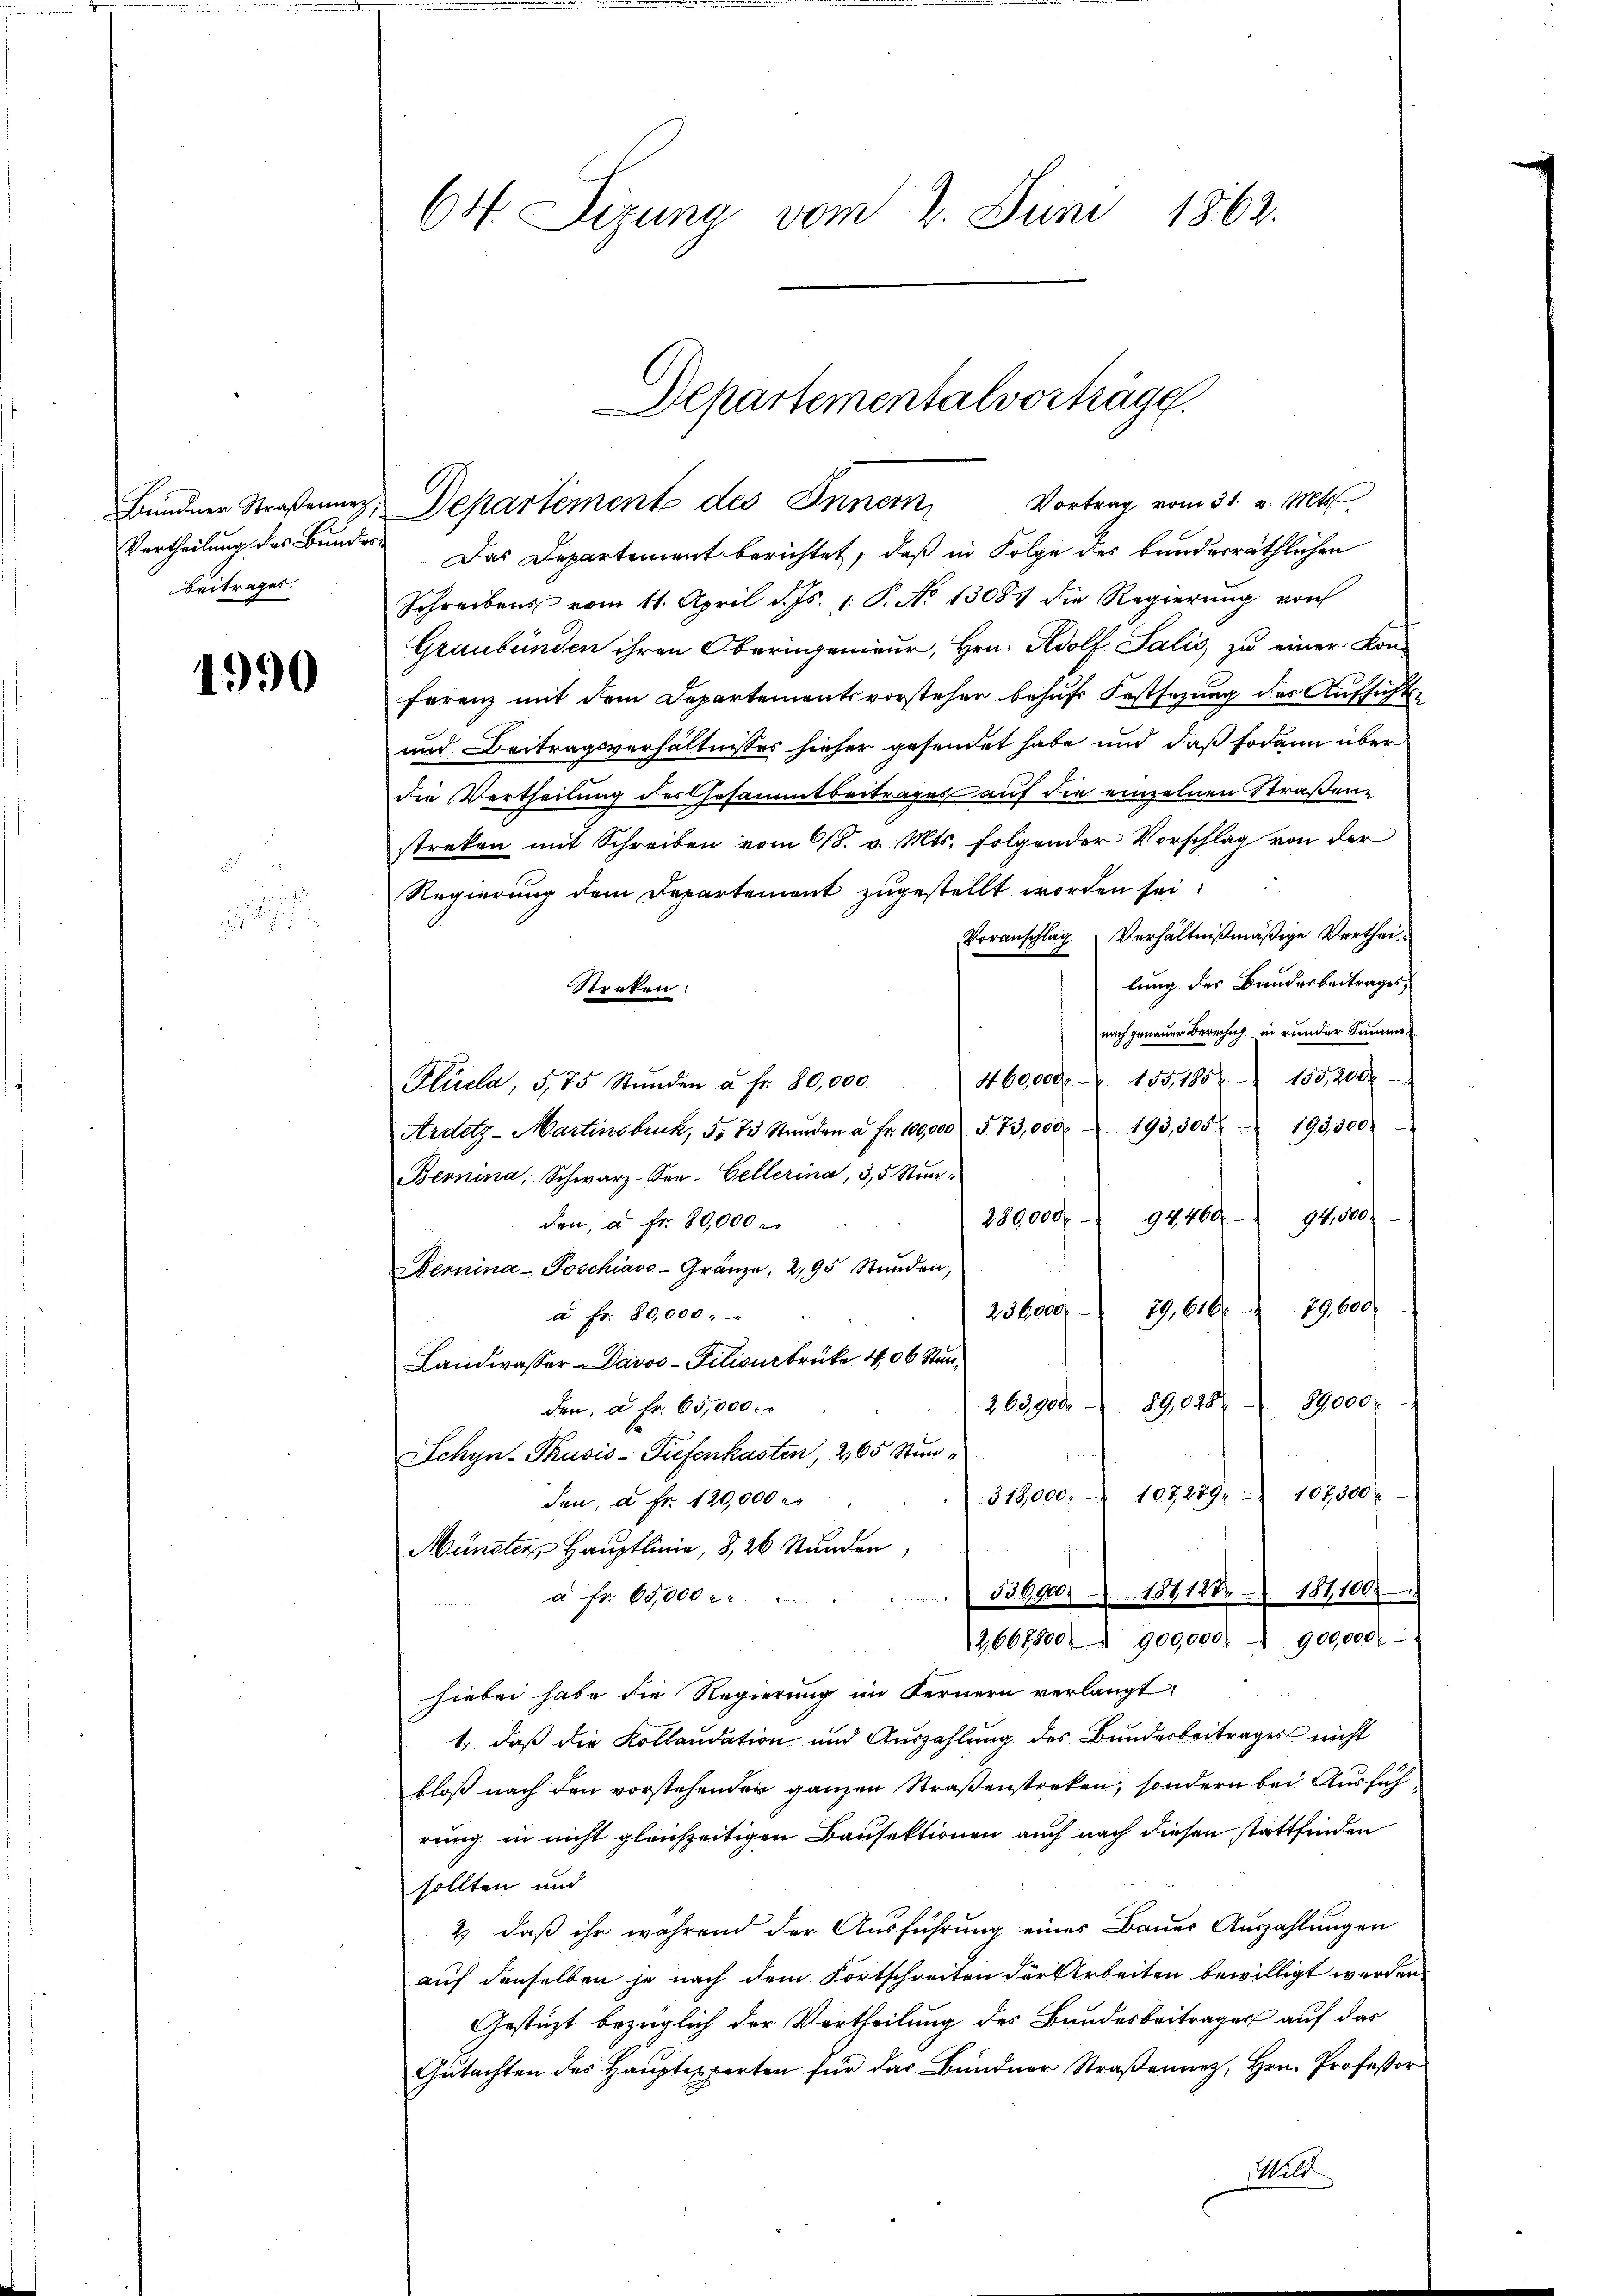
Beitrages.

1990

Vertheilung des Bundes Das Departement berichtet, daß in Folge des bunderräthlichen
Schreibens vom 11. April d. Js. 1. P. No 13087 die Regierŭng von
Graubünden ihren Oberingenieur, Hrn. Adolf Salis, zu einer Kon-
ferenz mit dem Departementsvorsteher behŭfs Festsezung des Aŭfsichts-
und Beitragsverhältnisses hieher gesendet habe und daß sodann über
die Vertheilung des Gesammtbeitrages auf die einzelnen Straßene
streken mit Schreiben vom 618. v. Mts. folgender Vorschlag von der
Regierung dem Departement zugestellt worden sei.
Voranschlag Verhältnißmäßige Vertheilung des Bauderbeitrages,
Stecken:
nach genauer Berechng, in runder Summe
460000 - 155, 1852 155,200
Plüela, 5,75 Stŭnden u Fr. 80,000
193,305. 193,300.
Ardetz-Martinsbruck, 5. 75 Stunden u. Fr. 100,000. 573,000
Bernina, Schwarz-Son-Cellerina, 3, 5 Stun-
289000. 94460. 94,500.
den, a. fr. 80,000
Demina - Poschiavo - Gränze, 2,95 Stunden,
236000. 29. 610. 29,600.
à Fr. 80,000 "
Landwasser Davos- Pilivurbrücke 406 Stan¬
89028 8000
Z 61900
den, u. fr. 65,000.
SSchyn-Thusis-Tiefenkasten, 265 Stun¬
318,000. 107279, 107500 r
den, a. Fr. 120,000 M.
Münster Hauptlinie, 8, 26 Stunden,
536000. 187188 - 181,100
à Fr. 65,000 fr.
2,667800. 900,000. u 900,000.-
hiebei habe die Regierung im Fernern verlangt:
1., daß die Kollaudation und Auszahlung des Bunderbeitrages nicht
bloß nach den vorstehender ganzen Straßenstreken, sondern bei Ausfüh
rung in nicht gleichzeitigen Bausektionen auch nach diesen stattfinden
sollten und
2) daß ihr während der Ausführung eines Bauer Auszahlungen
auf denselben je nach dem Fortschreiten der Arbeiten bewilligt werden.
Gestüzt bezüglich der Vertheilung des Bundesbeitrages auf das
Gutachten des Hauptexperten für das Bündner Straßennez, Hrn. Professor
Wild

64. Sizung vom 2. Juni 1863.

Departementalvorträge.
Bündner Straßenerz, Departemente des Innern, Vortrag vom 31. v. Mts.